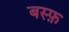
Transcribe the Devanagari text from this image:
बस्फ़